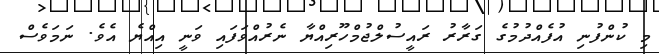
މި ކުންފުނި އުފެއްދުމުގެ ގަރާރު ރައީސުލްޖުމްހޫރިއްޔާ ނެރުއްވަފައި ވަނީ އިއްޔެ އެވެ. ނަމަވެސް